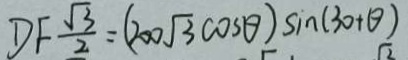
D F \frac { \sqrt { 3 } } { 2 } = ( 2 0 0 \sqrt { 3 } \cos \theta ) \sin ( 3 0 + \theta )